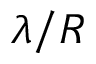
\lambda / R